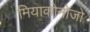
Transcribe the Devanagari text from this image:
मियाकोनोजो